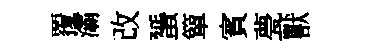
覆灞改蜑簞賓甍獸